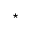
\star